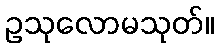
ဥသုလောမသုတ်။